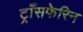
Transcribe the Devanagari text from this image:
ट्राँसफेरिन